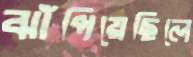
ঝাঁপিয়েছিলে